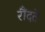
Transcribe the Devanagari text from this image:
रौंदते